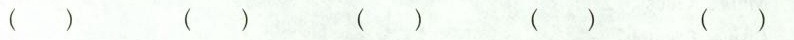
( ) ( ) ( ) ( ) ( )